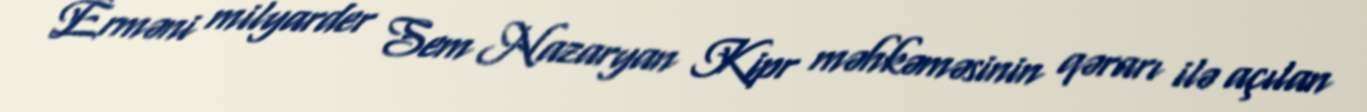
Erməni milyarder Sem Nazaryan Kipr məhkəməsinin qərarı ilə açılan